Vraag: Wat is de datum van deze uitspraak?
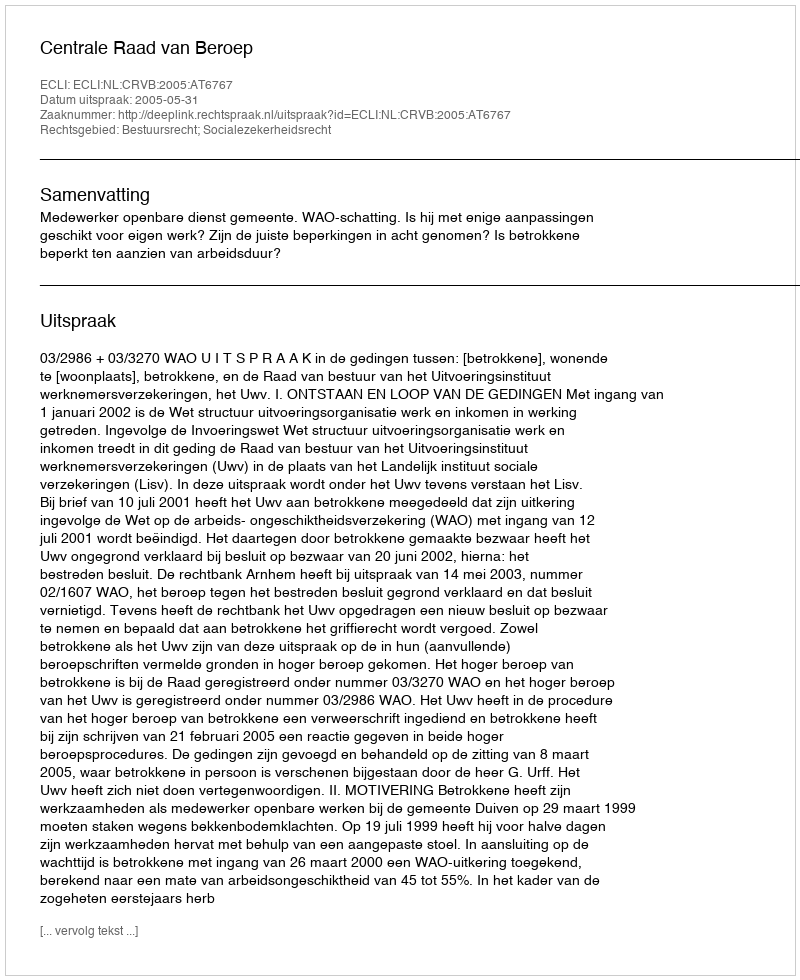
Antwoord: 2005-05-31